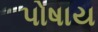
પોષાય